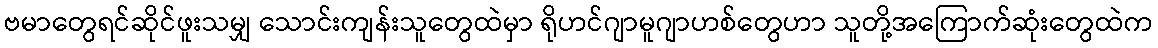
ဗမာတွေရင်ဆိုင်ဖူးသမျှ သောင်းကျန်းသူတွေထဲမှာ ရိုဟင်ဂျာမူဂျာဟစ်တွေဟာ သူတို့အကြောက်ဆုံးတွေထဲက